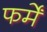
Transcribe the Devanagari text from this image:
फर्में